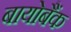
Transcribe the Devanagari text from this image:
बायोबैंक